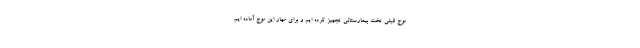
موج قبلی تخت بیمارستانی تجهیز کرده ایم و برای مهار این موج آماده ایم.